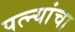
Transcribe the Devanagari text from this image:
पत्‍न्यांचा